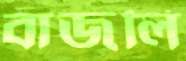
বাজলি